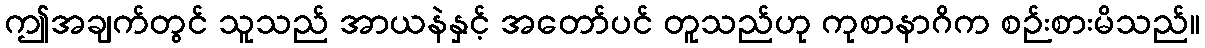
ဤအချက်တွင် သူသည် အာယနဲနှင့် အတော်ပင် တူသည်ဟု ကုစာနာဂိက စဉ်းစားမိသည်။